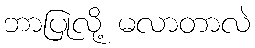
ဘာပြုလို့ မလာတာလဲ